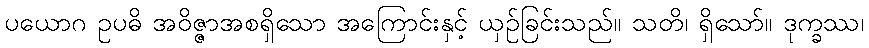
ပယောဂ ဥပဓိ အဝိဇ္ဇာအစရှိသော အကြောင်းနှင့် ယှဉ်ခြင်းသည်။ သတိ၊ ရှိသော်။ ဒုက္ခဿ၊